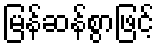
မြန်ဆန်စွာဖြင့်